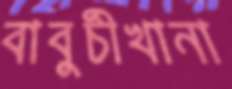
বাবুর্চীখানা